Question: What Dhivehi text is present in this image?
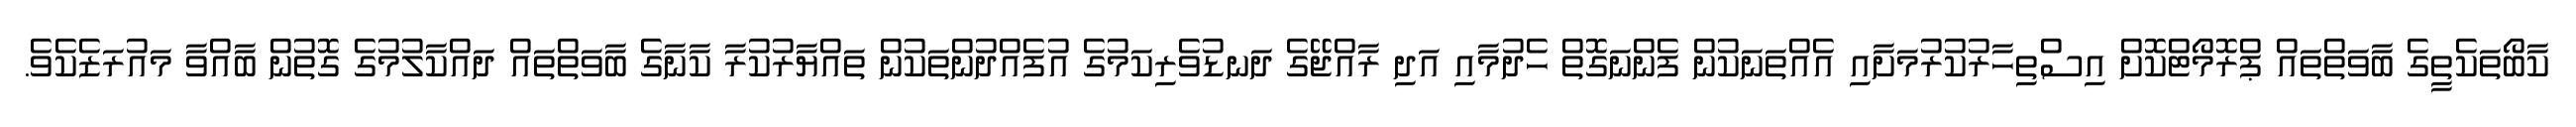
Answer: ކާބޯތަކެތީގެ ބާވަތްތައް ޕްރޮމޯޓްކޮށް އިސްތިހާރުކުރުމަށާއި އެއްތަނަކުން ފެންނަގޮތް ހެދުމާއި އަދި ރާއްޖޭގެ ދަނޑުވެރިކަމުގެ އުފެއްދުންތަކުން ތައްޔާރުކުރާ ކާނާގެ ބާވަތްތައް ދައްކާލުމުގެ ގޮތުން ބާއްވާ މައުރަޒެކެވެ.